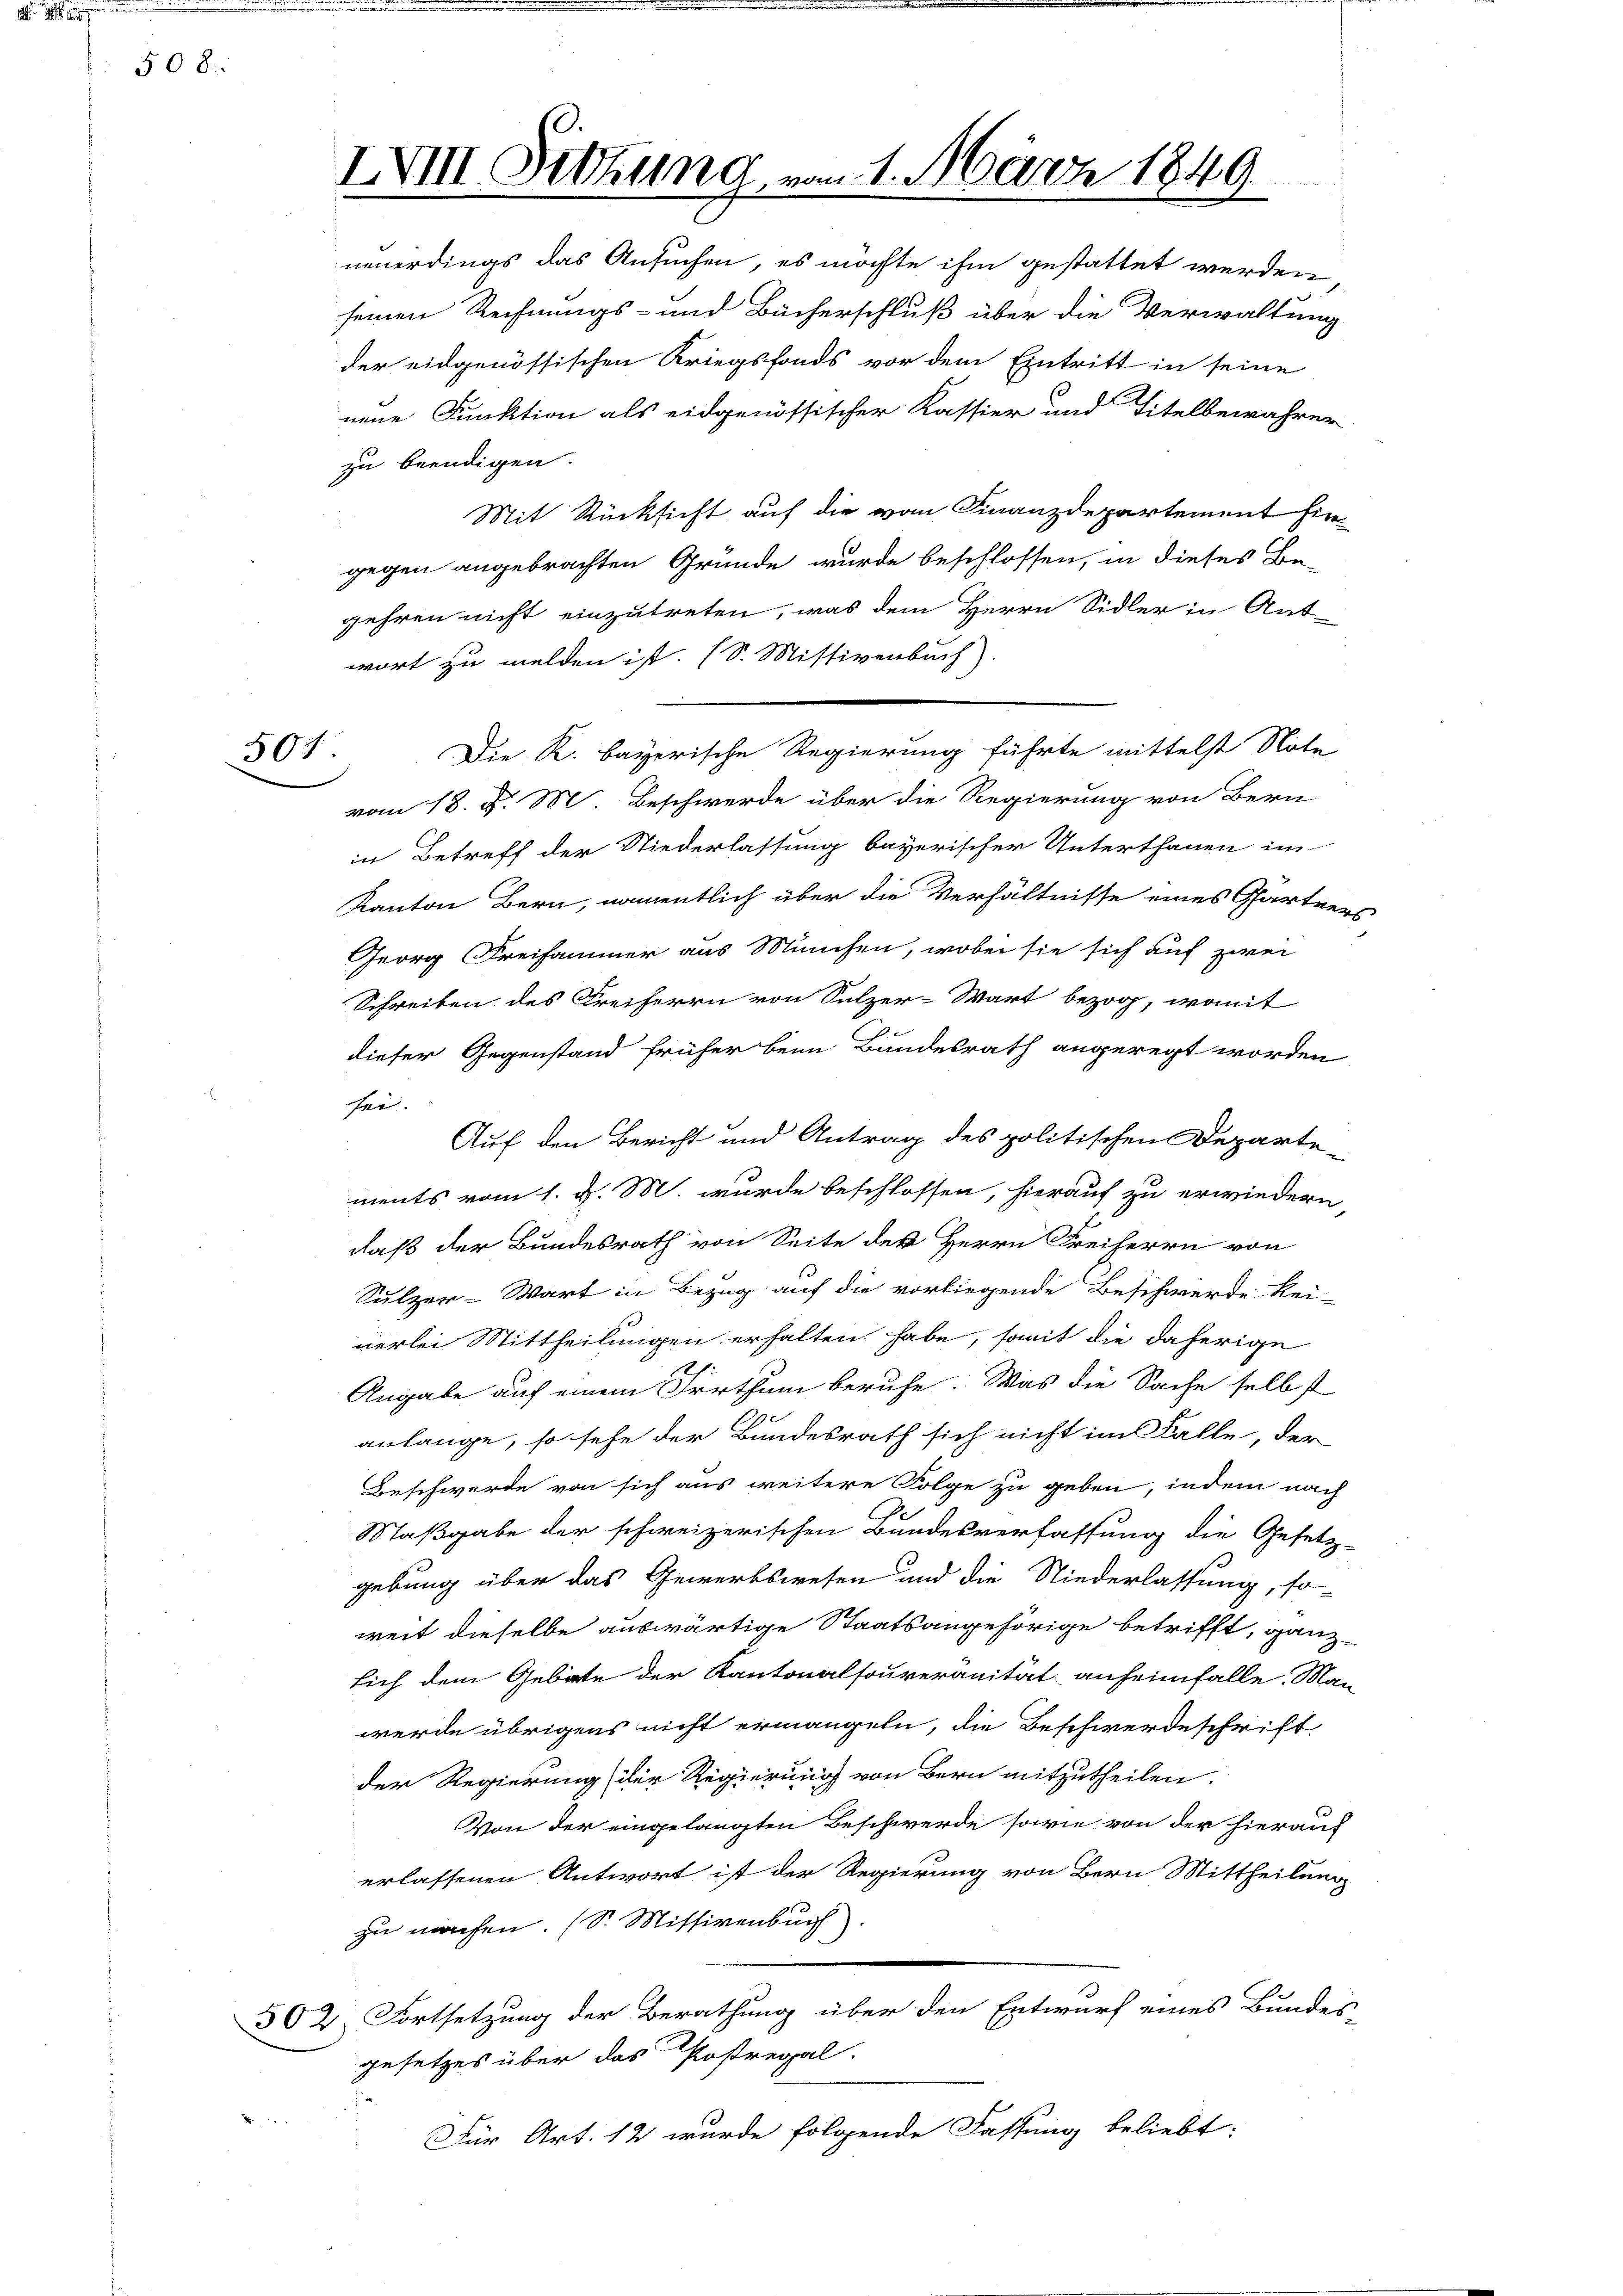
508

50

IXVIII. Sitzung, vom 1. März 1849

neuerdings das Ansuchen, es möchte ihm gestattet werden
seinen Rechnungs- und Bücherschluß über die Verwaltung
der eidgenössischen Kriegsfonds vor dem Eintritt in seine
nene Funktion als eidgenössischer Kassier und Titelbewahrer
zu beendigen.
Mit Rücksicht auf die vom Finanzdepartement hie
gegen angebrachten Gründe wurde beschlossen, in dieses Be-
gehren nicht einzutreten, was dem Herrn Sidler in Ant-
wort zu melden ist. (S. Missivenbuch)
Die K. Bayerische Regierung führte mittelst Note
vom 18. d. M. Beschwerde über die Regierung von Bern
in Betreff der Niederlassung bayerischer Unterthanen im
Kanton Bern, namentlich über die Verhältnisse eines Gärtner
Georg Freisammer aus München, wobei sie sich auf zwei
Schreiben des Freiherrn von Sulzer-Wart bezog, womit
dieser Gegenstand früher beim Bundesrath angeregt worden
sei.
Auf den Bericht und Antrag des politischen Departe-
ments vom 1. d. M. wurde beschlossen, hierauf zu erwiedern,
daß der Bundesrath von Seite der Herrn Freiherrn von
Sulzer-Wart in Bezug auf die vorliegende Beschwerde kei-
nerlei Mittheilungen erhalten habe, somit die daherige
Angabe auf einem Irrthum beruhe. Was die Sache selbst
anlange, so sehe der Bundesrath sich nicht im Falle, der
Beschwerde von sich aus weitere Folge zu geben, indem nach
Maßgabe der schweizerischen Bundesverfassung die Gesetz-
gebung über das Gewerbswesen und die Niederlassung, so-
weit dieselbe auswärtige Staatsangehörige betrifft, ganz
lich dem Gebäte der Kantonalsouveränität anheimfalle. Man
werde übrigens nicht ermangeln, die Beschwerdeschrift,
der Regierung der Regierung von Bern mitzutheilen.
Von der eingelangten Beschwerde sowie von der hierauf
erlassenen Antwort ist der Regierung von Bern Mittheilung
zu machen. (S. Missivenbuch)
502. Fortsetzung der Berathung über den Entwurf eines Bundes-
gesetzes über das Postregal
Für Art. 12 wurde folgende Fassung beliebt: